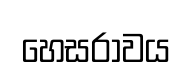
හෙසරාවය